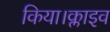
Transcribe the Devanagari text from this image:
किया।क्लाइव